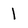
Character: 1